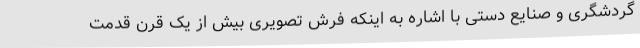
گردشگری و صنایع دستی با اشاره به اینکه فرش تصویری بیش از یک قرن قدمت